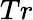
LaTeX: Tr